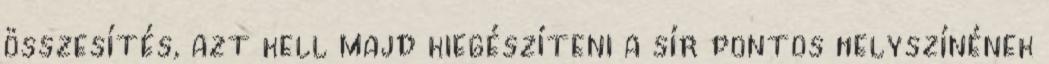
összesítés, azt kell majd kiegészíteni a sír pontos helyszínének